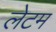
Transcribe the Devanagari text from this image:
लेटम